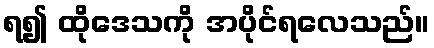
ရ၍ ထိုဒေသကို အပိုင်ရလေသည်။